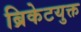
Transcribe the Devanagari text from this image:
ब्रिकेटयुक्त